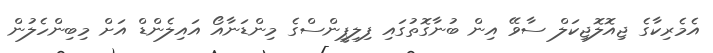
އެމެރިކާގެ ޖިއޮލޮޖިކަލް ސާވޭ އިން ބުނާގޮތުގައި ފިލިޕީންސްގެ މިންޑަނާއޯ އައިލެންޑް އަށް މިބިންހެލުން